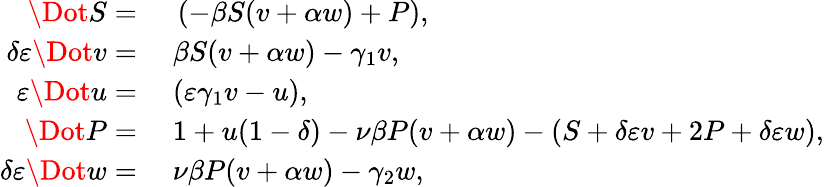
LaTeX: \begin{array}{rl}{\Dot{S}=}&{{}\; \left(-\beta S(v+\alpha w)+P\right),}\\ {\delta\varepsilon\Dot{v}=}&{{}\; \beta S(v+\alpha w)-\gamma_{1}v,}\\ {\varepsilon\Dot{u}=}&{{}\; (\varepsilon\gamma_{1}v-u),}\\ {\Dot{P}=}&{{}\; 1+u(1-\delta)-\nu\beta P(v+\alpha w)-(S+\delta\varepsilon v+2P+\delta\varepsilon w),}\\ {\delta\varepsilon\Dot{w}=}&{{}\; \nu\beta P(v+\alpha w)-\gamma_{2}w,}\end{array}